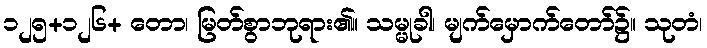
၁၂၅+၁၂၆+ တော၊ မြတ်စွာဘုရား၏။ သမ္မုခါ၊ မျက်မှောက်တော်၌။ သုတံ၊